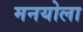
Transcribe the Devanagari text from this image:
मनयोला